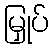
မြှုပ်